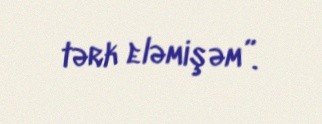
tərk eləmişəm”.